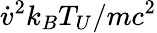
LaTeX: \dot{v}^{2}k_{B}T_{U}/mc^{2}